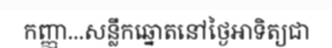
កញ្ញា...សន្លឹកឆ្នោតនៅថ្ងៃអាទិត្យជា